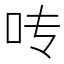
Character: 𰇊